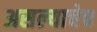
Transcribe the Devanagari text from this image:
असल्याचेच